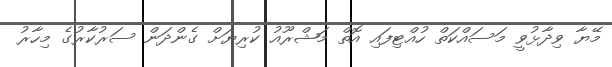
މޭޔާ ވިދާޅުވީ މަސައްކަތް ހުއްޓިފައި އޮތް މަޝްރޫއު ކުރިޔަށް ގެންދަން ސަރުކާރުގެ މިހާރު